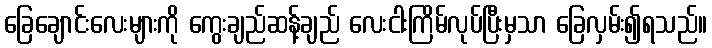
ခြေချောင်းလေးများကို ကွေးချည်ဆန့်ချည် လေးငါးကြိမ်လုပ်ပြီးမှသာ ခြေလှမ်း၍ရသည်။